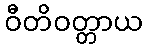
ဝီတိဝတ္တာယ